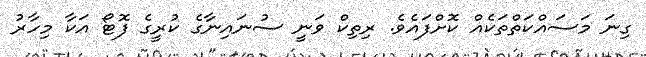
ގިނަ މަސައްކަތްތަކެއް ކޮށްފައެވެ. ރިތިކް ވަނީ ސުނައިނާގެ ކުރީގެ ފޮޓޯ އަކާ މިހާރު